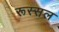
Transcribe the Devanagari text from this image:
रूस्सल